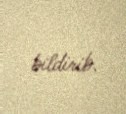
bildirib.